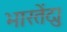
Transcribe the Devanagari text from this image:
भारतेंदु।